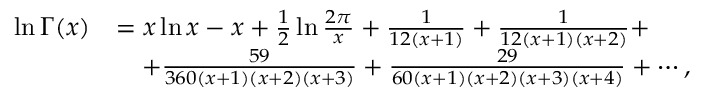
{ \begin{array} { r l } { \ln \Gamma ( x ) } & { = x \ln x - x + { \frac { 1 } { 2 } } \ln { \frac { 2 \pi } { x } } + { \frac { 1 } { 1 2 ( x + 1 ) } } + { \frac { 1 } { 1 2 ( x + 1 ) ( x + 2 ) } } + } \\ & { \quad + { \frac { 5 9 } { 3 6 0 ( x + 1 ) ( x + 2 ) ( x + 3 ) } } + { \frac { 2 9 } { 6 0 ( x + 1 ) ( x + 2 ) ( x + 3 ) ( x + 4 ) } } + \cdots , } \end{array} }